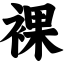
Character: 裸